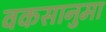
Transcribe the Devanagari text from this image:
वकसानुमा